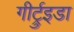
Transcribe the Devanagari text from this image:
गीर्ट्रुइडा